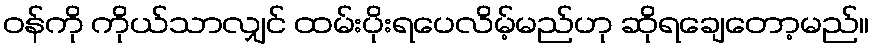
ဝန်ကို ကိုယ်သာလျှင် ထမ်းပိုးရပေလိမ့်မည်ဟု ဆိုရချေတော့မည်။